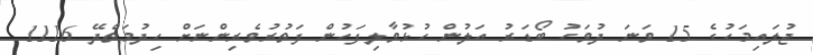
ޖުލައިމަހުގެ 15 ވަނަ ދުވަހު ބޯޑަރު އަލުން ހުޅުވާލިފަހުން ފަތުރުވެރިންނަށް ހިދުމަތްދޭ 1116